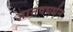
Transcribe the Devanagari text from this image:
ज्ञानवधर्धन